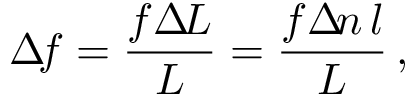
\Delta \! f = \frac { f \Delta \! L } L = \frac { f \Delta \! n \, l } L \, ,